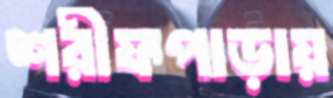
শরীফপাড়ায়